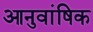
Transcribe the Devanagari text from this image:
आनुवांषिक